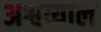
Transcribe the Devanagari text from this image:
अश्वव्याल